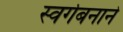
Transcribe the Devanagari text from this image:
स्वर्गबनाने